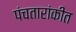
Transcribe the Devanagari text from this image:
पंचतारांकीत